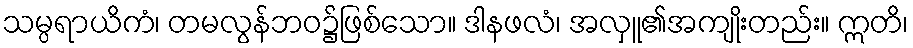
သမ္ပရာယိကံ၊ တမလွန်ဘဝ၌ဖြစ်သော။ ဒါနဖလံ၊ အလှူ၏အကျိုးတည်း။ ဣတိ၊